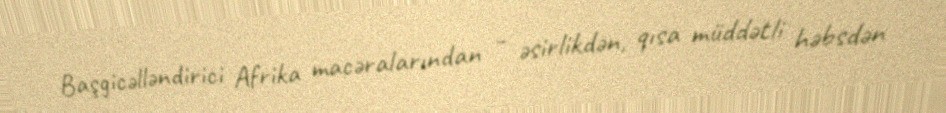
Başgicəlləndirici Afrika macəralarından – əsirlikdən, qısa müddətli həbsdən